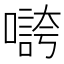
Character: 𡀵